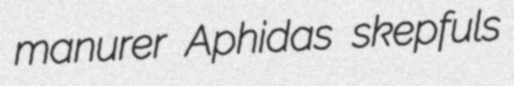
manurer Aphidas skepfuls